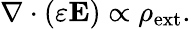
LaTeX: {\mathbf\nabla}\cdot(\varepsilon{\mathbf E})\propto\rho_{\mathrm{ext}}.